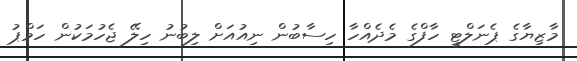
މާޒިޔާގެ ޕެނަލްޓީ ހާފްގެ މެދެއްހާ ހިސާބުން ނިއުއަށް ލިބުނު ހިލޭ ޖެހުމަކުން ހަމްޕު